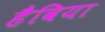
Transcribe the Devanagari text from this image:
हैविया